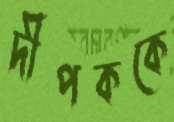
দীপককে